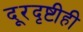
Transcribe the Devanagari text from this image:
दूरदृष्टीही